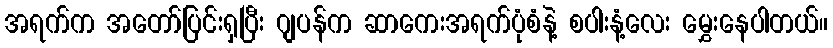
အရက်က အတော်ပြင်းရှပြီး ဂျပန်က ဆာကေးအရက်ပုံစံနဲ့ စပါးနံ့လေး မွှေးနေပါတယ်။